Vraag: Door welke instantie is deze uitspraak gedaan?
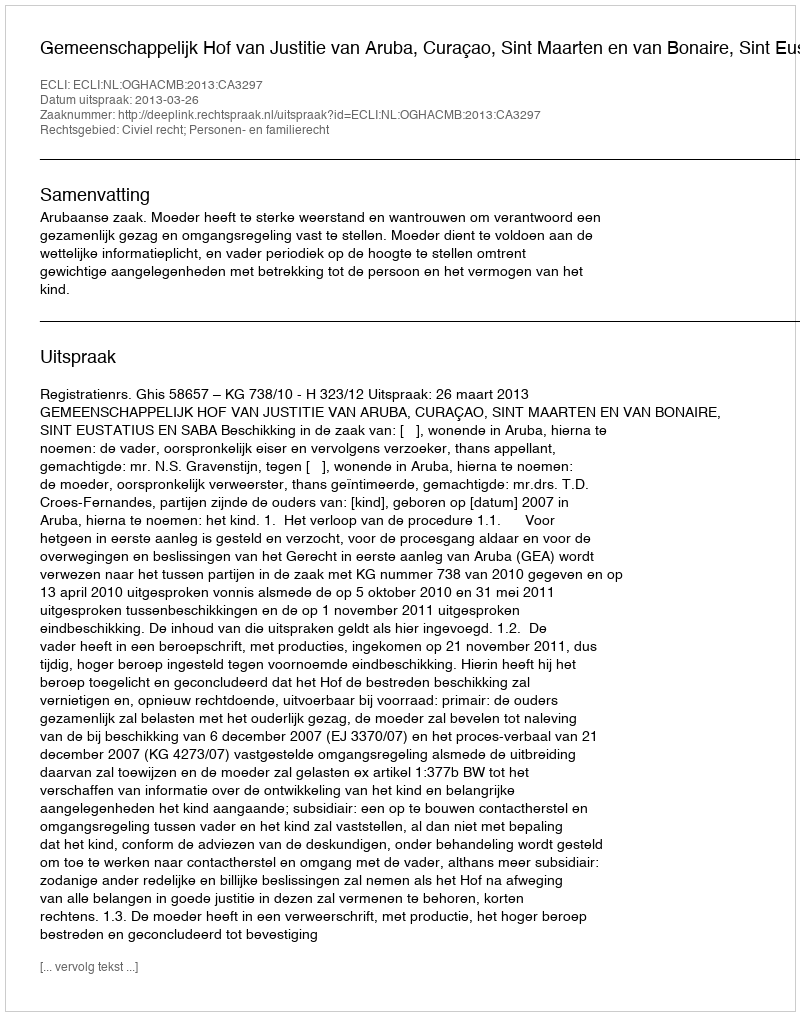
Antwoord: Gemeenschappelijk Hof van Justitie van Aruba, Curaçao, Sint Maarten en van Bonaire, Sint Eustatius en Saba